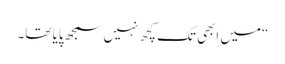
“میں ابھی تک کچھ نہیں سمجھ پایا تھا۔